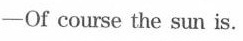
——Of course the sun is.